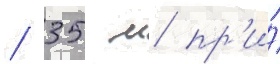
/ 35 м пр'и́